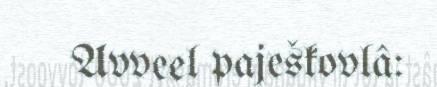
Avveel paješkovlâ: